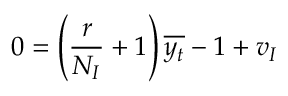
0 = \left( \frac { r } { N _ { I } } + 1 \right) \overline { { y _ { t } } } - 1 + v _ { I }